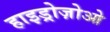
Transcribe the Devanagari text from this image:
हाइड्रोज़ोओ